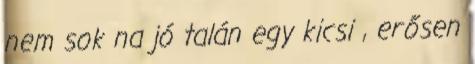
nem sok na jó talán egy kicsi , erősen